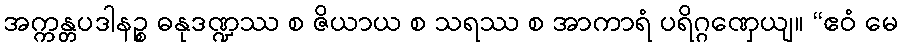
အက္ကန္တပဒါနဉ္စ ဓနုဒဏ္ဍဿ စ ဇိယာယ စ သရဿ စ အာကာရံ ပရိဂ္ဂဏှေယျ။ “ဧဝံ မေ